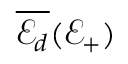
\overline { { \mathscr { E } _ { d } } } ( \mathcal { E } _ { + } )